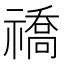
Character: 𬓚